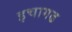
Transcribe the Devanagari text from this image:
इचागढ